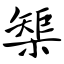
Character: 榘